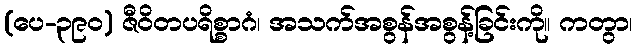
(ပေ-၃၉၀) ဇီဝိတပရိစ္စာဂံ၊ အသက်အစွန်အစွန့်ခြင်းကို။ ကတွာ၊